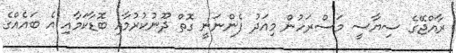
ރާއްޖޭގެ ސިޔާސީ މަސްރަހުން މިއަދު ފެންނަނީ ގޮތް ދޫނުކުރުމާއި ބޮޑާކަމާއި އެ ބައެއްގެ